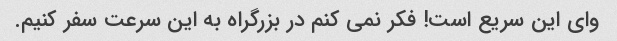
وای این سریع است! فکر نمی کنم در بزرگراه به این سرعت سفر کنیم.